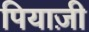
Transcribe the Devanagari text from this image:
पियाज़ी